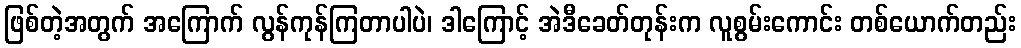
ဖြစ်တဲ့အတွက် အကြောက် လွန်ကုန်ကြတာပါပဲ၊ ဒါကြောင့် အဲဒီခေတ်တုန်းက လူစွမ်းကောင်း တစ်ယောက်တည်း